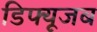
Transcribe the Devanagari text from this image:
डिफ्यूजब